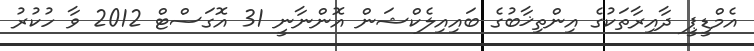
އެމްޑީޕީ ދާއިރާތަކުގެ އިންތިޚާބުގެ ބައިއިލެކްޝަން އޮންނާނީ 31 އޮގަސްޓް 2012 ވާ ހުކުރު